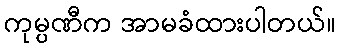
ကုမ္ပဏီက အာမခံထားပါတယ်။